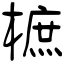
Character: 樜